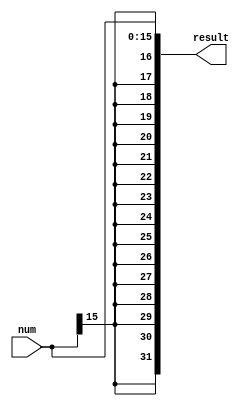
module signExtend16Bit(num, result);
input [15:0] num;
output [31:0] result;
and(result[0], num[0], 1'b1);
and(result[1], num[1], 1'b1);
and(result[2], num[2], 1'b1);
and(result[3], num[3], 1'b1);
and(result[4], num[4], 1'b1);
and(result[5], num[5], 1'b1);
and(result[6], num[6], 1'b1);
and(result[7], num[7], 1'b1);
and(result[8], num[8], 1'b1);
and(result[9], num[9], 1'b1);
and(result[10], num[10], 1'b1);
and(result[11], num[11], 1'b1);
and(result[12], num[12], 1'b1);
and(result[13], num[13], 1'b1);
and(result[14], num[14], 1'b1);
and(result[15], num[15], 1'b1);
and(result[16], num[15], 1'b1);
and(result[17], num[15], 1'b1);
and(result[18], num[15], 1'b1);
and(result[19], num[15], 1'b1);
and(result[20], num[15], 1'b1);
and(result[21], num[15], 1'b1);
and(result[22], num[15], 1'b1);
and(result[23], num[15], 1'b1);
and(result[24], num[15], 1'b1);
and(result[25], num[15], 1'b1);
and(result[26], num[15], 1'b1);
and(result[27], num[15], 1'b1);
and(result[28], num[15], 1'b1);
and(result[29], num[15], 1'b1);
and(result[30], num[15], 1'b1);
and(result[31], num[15], 1'b1);
endmodule